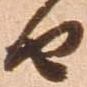
由